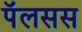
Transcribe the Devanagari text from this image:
पॅलसस